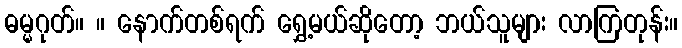
ဓမ္မဂုတ်။ ။ နောက်တစ်ရက် ရွှေ့မယ်ဆိုတော့ ဘယ်သူများ လာကြတုန်း။